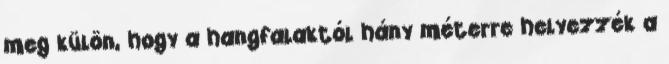
meg külön, hogy a hangfalaktól hány méterre helyezzék a